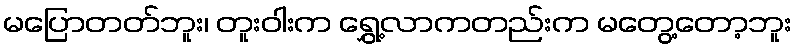
မပြောတတ်ဘူး၊ တူးဝါးက ရွှေ့လာကတည်းက မတွေ့တော့ဘူး